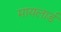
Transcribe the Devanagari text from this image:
मायलार्ड